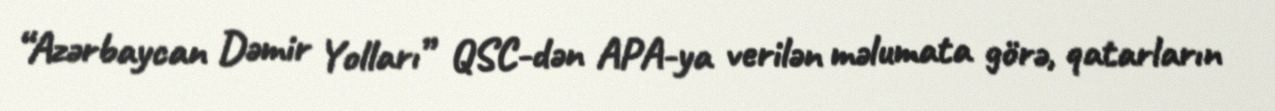
“Azərbaycan Dəmir Yolları” QSC-dən APA-ya verilən məlumata görə, qatarların